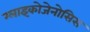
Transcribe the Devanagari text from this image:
ग्लाइकोजेनोसिस